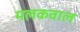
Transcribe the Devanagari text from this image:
मलकवाल